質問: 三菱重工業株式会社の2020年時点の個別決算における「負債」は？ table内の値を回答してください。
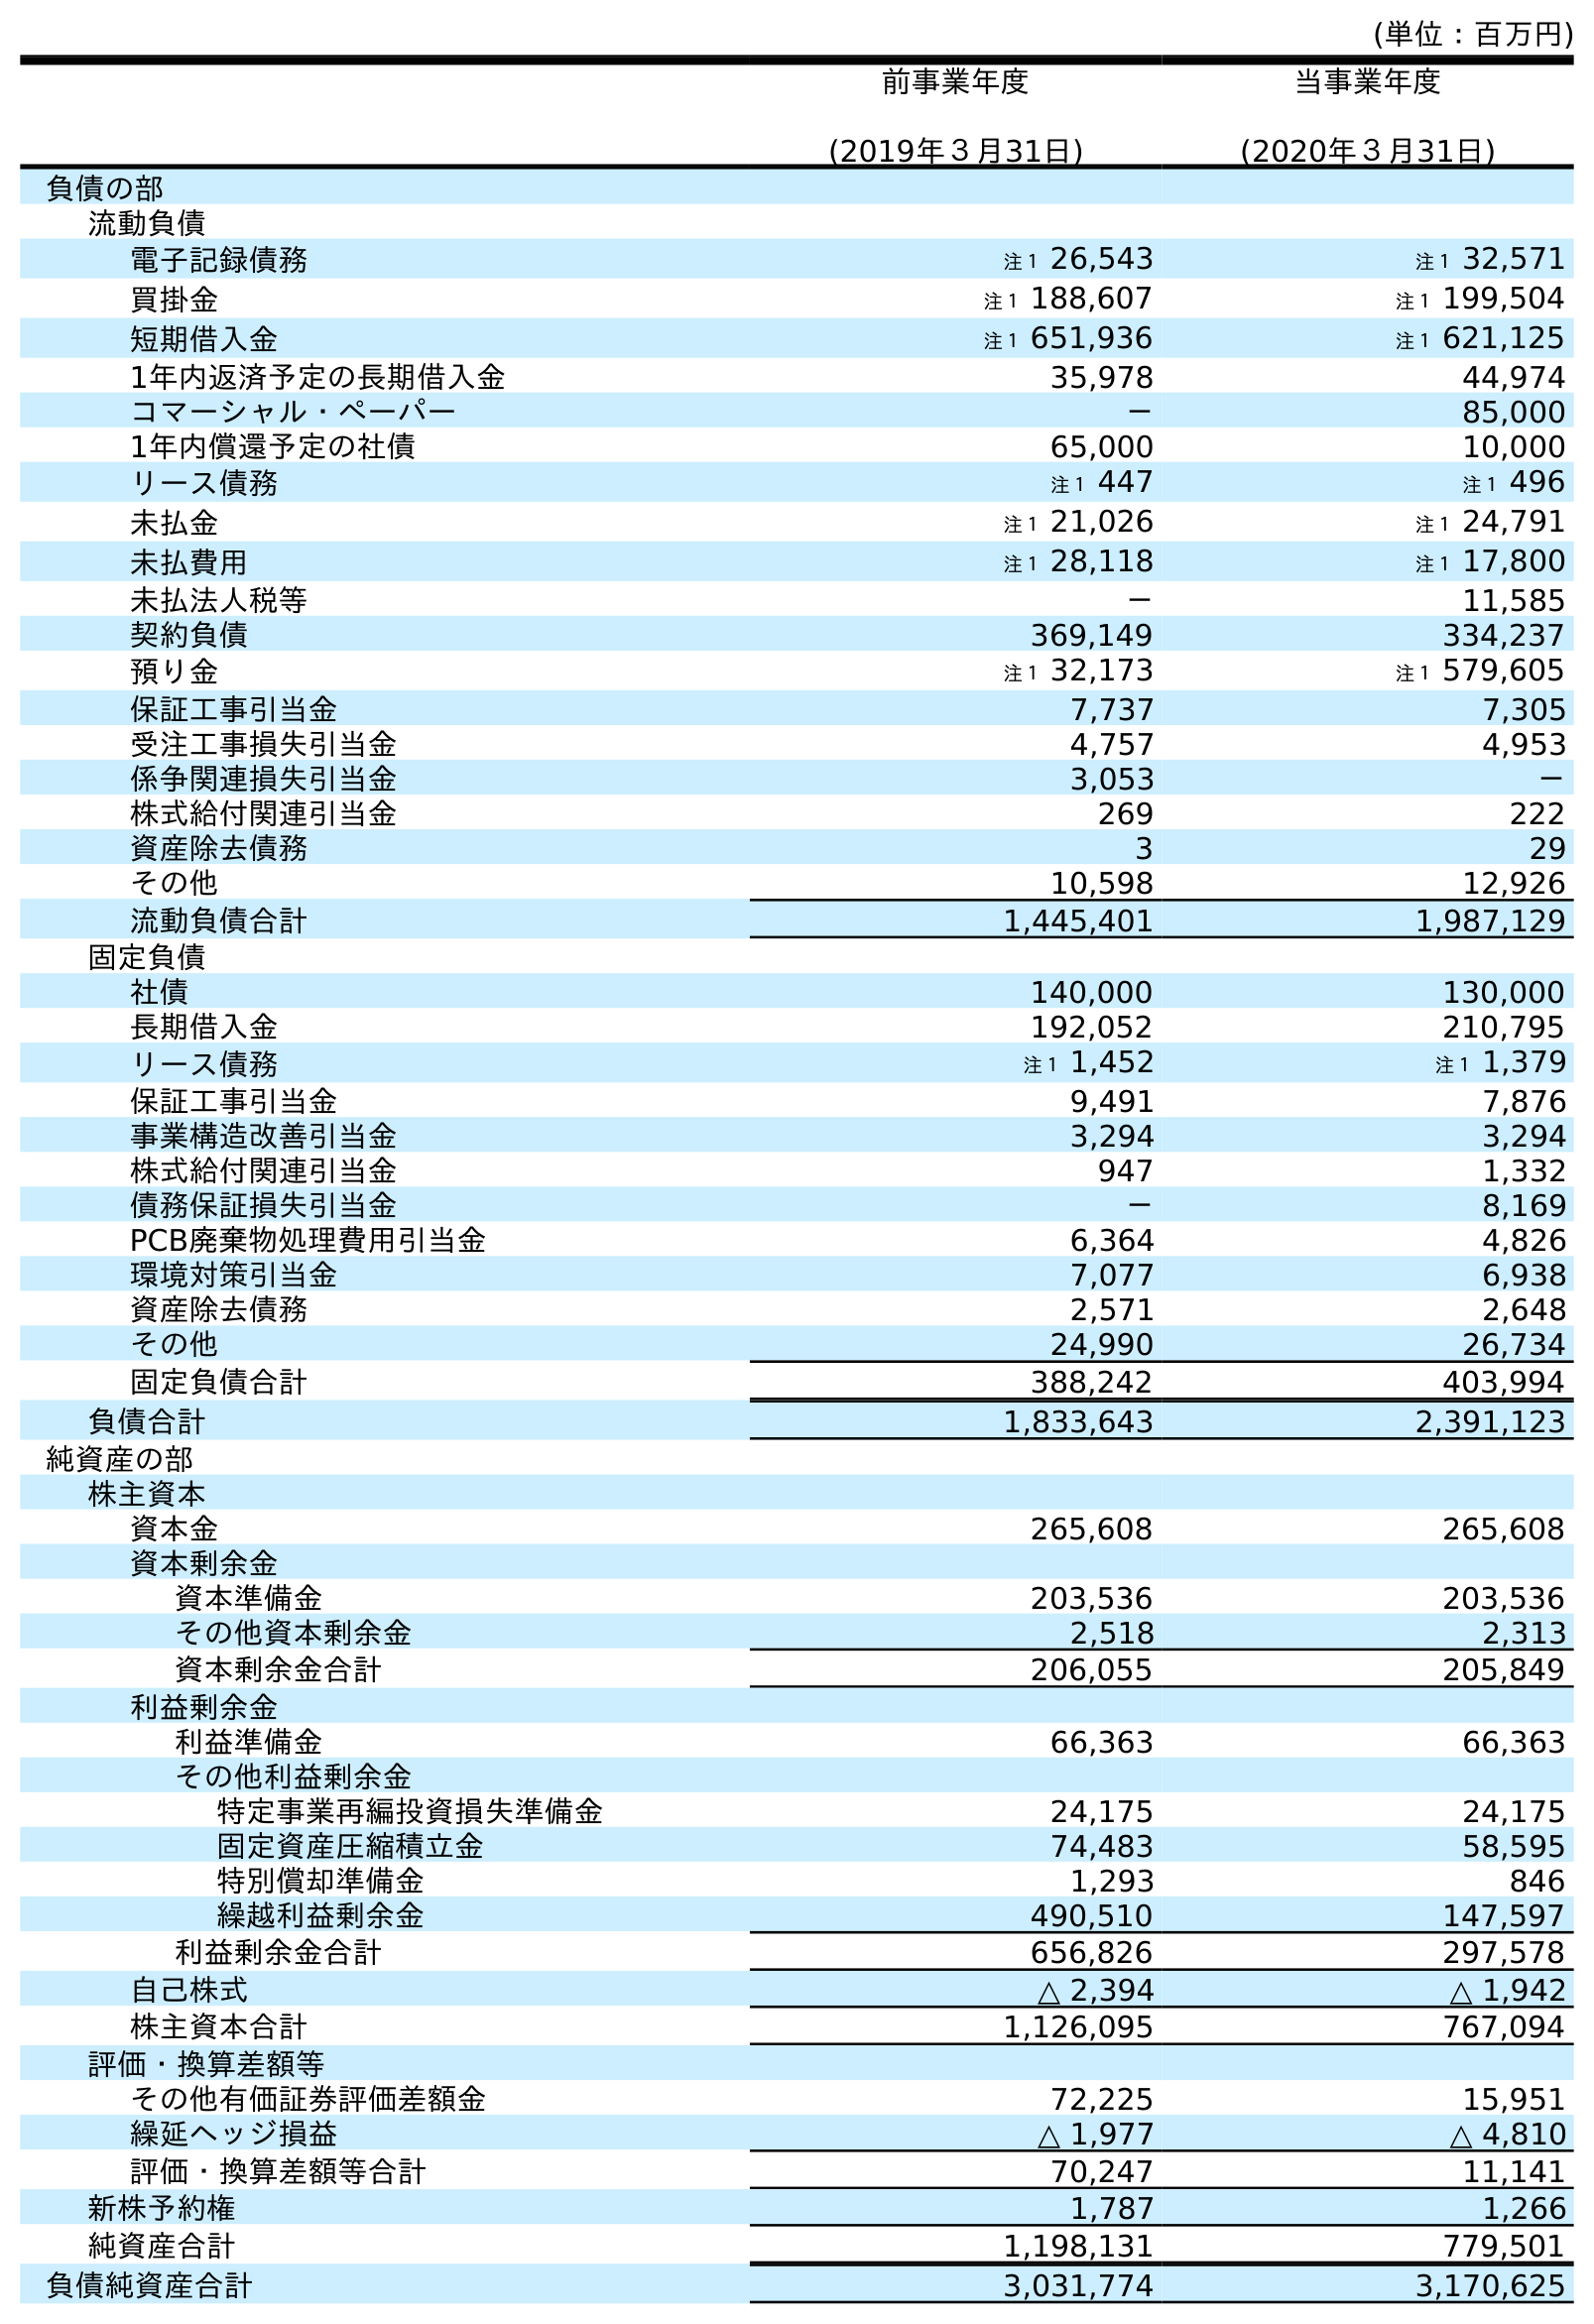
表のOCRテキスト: (単位：百万円) 前事業年度 (2019年３月31日) 当事業年度 (2020年３月31日) 負債の部 流動負債 電子記録債務 注１ 26,543 注１ 32,571 買掛金 注１ 188,607 注１ 199,504 短期借入金 注１ 651,936 注１ 621,125 1年内返済予定の長期借入金 35,978 44,974 コマーシャル・ペーパー － 85,000 1年内償還予定の社債 65,000 10,000 リース債務 注１ 447 注１ 496 未払金 注１ 21,026 注１ 24,791 未払費用 注１ 28,118 注１ 17,800 未払法人税等 － 11,585 契約負債 369,149 334,237 預り金 注１ 32,173 注１ 579,605 保証工事引当金 7,737 7,305 受注工事損失引当金 4,757 4,953 係争関連損失引当金 3,053 － 株式給付関連引当金 269 222 資産除去債務 3 29 その他 10,598 12,926 流動負債合計 1,445,401 1,987,129 固定負債 社債 140,000 130,000 長期借入金 192,052 210,795 リース債務 注１ 1,452 注１ 1,379 保証工事引当金 9,491 7,876 事業構造改善引当金 3,294 3,294 株式給付関連引当金 947 1,332 債務保証損失引当金 － 8,169 PCB廃棄物処理費用引当金 6,364 4,826 環境対策引当金 7,077 6,938 資産除去債務 2,571 2,648 その他 24,990 26,734 固定負債合計 388,242 403,994 負債合計 1,833,643 2,391,123 純資産の部 株主資本 資本金 265,608 265,608 資本剰余金 資本準備金 203,536 203,536 その他資本剰余金 2,518 2,313 資本剰余金合計 206,055 205,849 利益剰余金 利益準備金 66,363 66,363 その他利益剰余金 特定事業再編投資損失準備金 24,175 24,175 固定資産圧縮積立金 74,483 58,595 特別償却準備金 1,293 846 繰越利益剰余金 490,510 147,597 利益剰余金合計 656,826 297,578 自己株式 △ 2,394 △ 1,942 株主資本合計 1,126,095 767,094 評価・換算差額等 その他有価証券評価差額金 72,225 15,951 繰延ヘッジ損益 △ 1,977 △ 4,810 評価・換算差額等合計 70,247 11,141 新株予約権 1,787 1,266 純資産合計 1,198,131 779,501 負債純資産合計 3,031,774 3,170,625
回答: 2,391,123